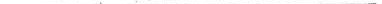
___.